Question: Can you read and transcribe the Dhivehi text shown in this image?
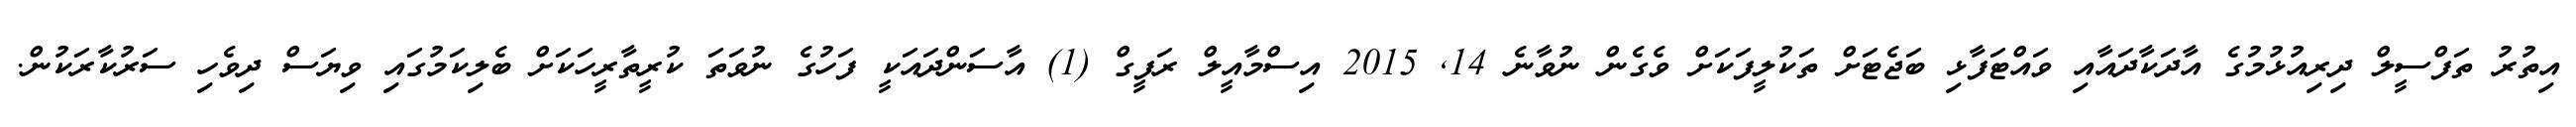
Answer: އިތުރު ތަފްސީލް ދިރިއުޅުމުގެ އާދަކާދައާއި ވައްޓަފާޅި ބަޖެޓަށް ތަކުލީފަކަށް ވެގެން ނުވާނެ 14, 2015 އިސްމާއީލް ރަފީގް (1) އާސަންދައަކީ ފަހުގެ ނުވަތަ ކުރީތާރީހަކަށް ބެލިކަމުގައި ވިޔަސް ދިވެހި ސަރުކާރަކުން.